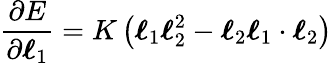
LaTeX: \frac{\partial E}{\partial{\boldsymbol{\ell}_{1}}}=K\left(\boldsymbol{\ell}_{1}\boldsymbol{\ell}_{2}^{2}-\boldsymbol{\ell}_{2}\boldsymbol{\ell}_{1}\cdot\boldsymbol{\ell}_{2}\right)